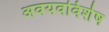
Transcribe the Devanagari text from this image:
अवयवविशेष